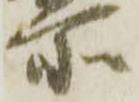
所